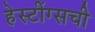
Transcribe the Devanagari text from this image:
हेस्टींग्सची